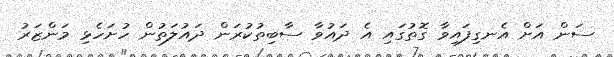
ސަން އަށް އެނގިފައިވާ ގޮތުގައި އެ ދައުވާ ސާބިތުކުރަން ދައުލަތުން ހުށަހެޅި މަންޒަރު